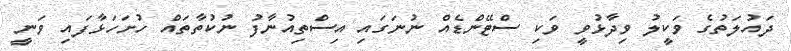
ދައުލަތުގެ ވަކީލު ވިދާޅުވީ ވަކި ސްޓޭންޑެއް ނުނަގައި އިސްތިއުނާފު ނުކުތާތައް ހުށަހަޅާފައި ވަނީ